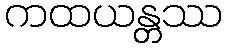
ကထယန္တဿ